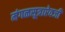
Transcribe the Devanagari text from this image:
मंगळसूत्राऐवजी